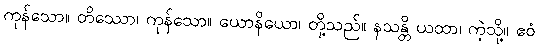
ကုန်သော။ တိဿော၊ ကုန်သော။ ယောနိယော၊ တို့သည်။ နသန္တိ ယထာ၊ ကဲ့သို့။ ဧဝံ